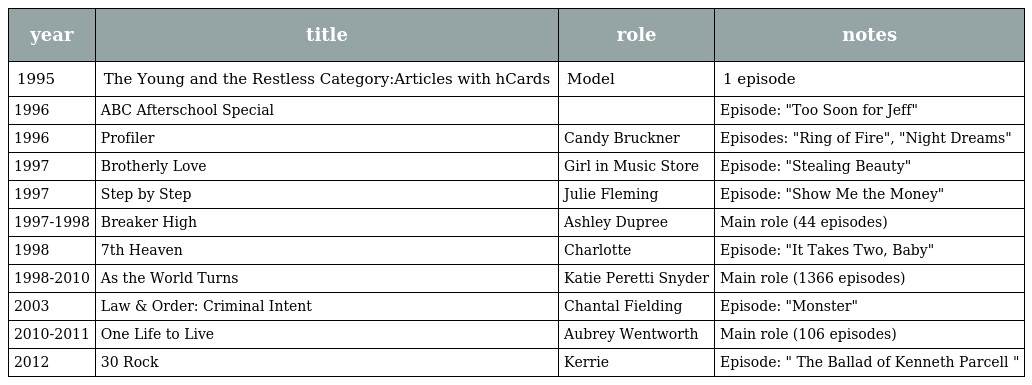
| year | title | role | notes |
 | --- | --- | --- | --- |
 | 1995 | The Young and the Restless Category:Articles with hCards | Model | 1 episode |
 | 1996 | ABC Afterschool Special |  | Episode: "Too Soon for Jeff" |
 | 1996 | Profiler | Candy Bruckner | Episodes: "Ring of Fire", "Night Dreams" |
 | 1997 | Brotherly Love | Girl in Music Store | Episode: "Stealing Beauty" |
 | 1997 | Step by Step | Julie Fleming | Episode: "Show Me the Money" |
 | 1997-1998 | Breaker High | Ashley Dupree | Main role (44 episodes) |
 | 1998 | 7th Heaven | Charlotte | Episode: "It Takes Two, Baby" |
 | 1998-2010 | As the World Turns | Katie Peretti Snyder | Main role (1366 episodes) |
 | 2003 | Law & Order: Criminal Intent | Chantal Fielding | Episode: "Monster" |
 | 2010-2011 | One Life to Live | Aubrey Wentworth | Main role (106 episodes) |
 | 2012 | 30 Rock | Kerrie | Episode: " The Ballad of Kenneth Parcell " |